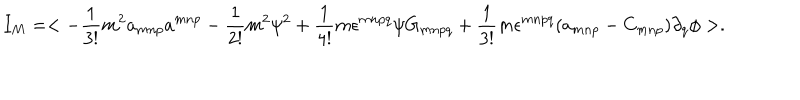
LaTeX: I _ { M } = < - \frac { 1 } { 3 ! } m ^ { 2 } a _ { m n p } a ^ { m n p } - \frac { 1 } { 2 ! } m ^ { 2 } \psi ^ { 2 } + \frac { 1 } { 4 ! } m \epsilon ^ { m n p q } \psi G _ { m n p q } + \frac { 1 } { 3 ! } m \epsilon ^ { m n p q } ( a _ { m n p } - C _ { m n p } ) \partial _ { q } \phi > .